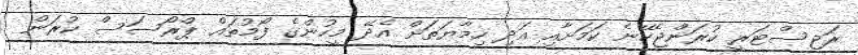
ރަޖިސްޓަރީ ކުރަންޖެހޭނެ ކަމަށާއި އަދި ހިމާޔަތަށް އެދޭ މީހުންގެ ފޯމުތައް ޕްރޯސަސް ކުރަން